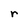
Character: r